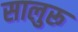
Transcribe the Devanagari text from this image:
सालुरू